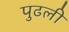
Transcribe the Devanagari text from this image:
पुढली